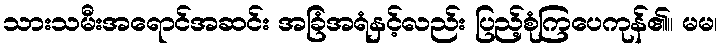
သားသမီးအရောင်အဆင်း အခြံအရံနှင့်လည်း ပြည့်စုံကြပေကုန်၏။ မမ၊